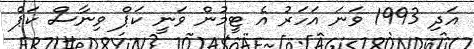
އަދި 1993 ވަނަ އަހަރު އެ ޓީމުން ވަނީ ކަޕް ވިނާސް ކަޕް